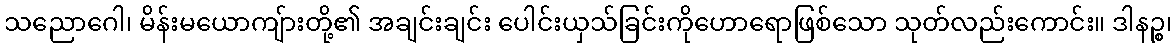
သညောဂေါ၊ မိန်းမယောကျ်ားတို့၏ အချင်းချင်း ပေါင်းယှသ်ခြင်းကိုဟောရောဖြစ်သော သုတ်လည်းကောင်း။ ဒါနဉ္စ၊